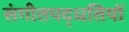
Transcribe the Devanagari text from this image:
संगीतपद्धतियों